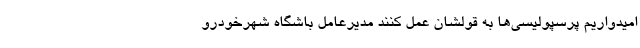
امیدواریم پرسپولیسی‌ها به قولشان عمل کنند مدیرعامل باشگاه شهرخودرو